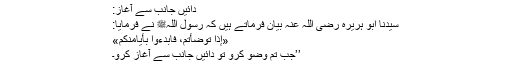
دائیں جانب سے آغاز:
سیدنا ابو ہریرہ رضی اللہ عنہ بیان فرماتے ہیں کہ رسول اللہﷺ نے فرمایا:
«إِذَا تَوَضَّأْتُمْ، فَابْدَءُوا بِأَيَامِنِكُمْ»
’’جب تم وضو کرو تو دائیں جانب سے آغاز کرو۔